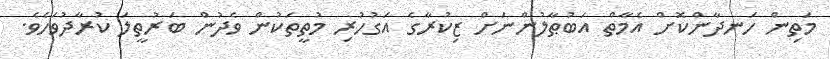
މަތިން ހަނދާންކޮށް އެމާތް އަބުޠާލުންނަށް ޒިކުރާގެ އަގުހުރި މުތީތަކުން ވެދުން ބަރުތީލަ ކުރާދުވަހެވެ.